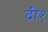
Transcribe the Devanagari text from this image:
दी१